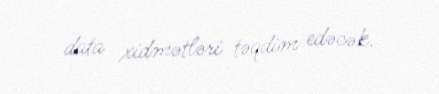
data xidmətləri təqdim edəcək.